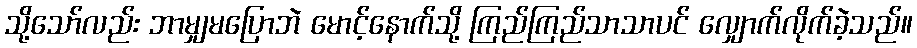
သို့သော်လည်း ဘာမျှမပြောဘဲ မောင့်နောက်သို့ ကြည်ကြည်သာသာပင် လျှောက်လိုက်ခဲ့သည်။